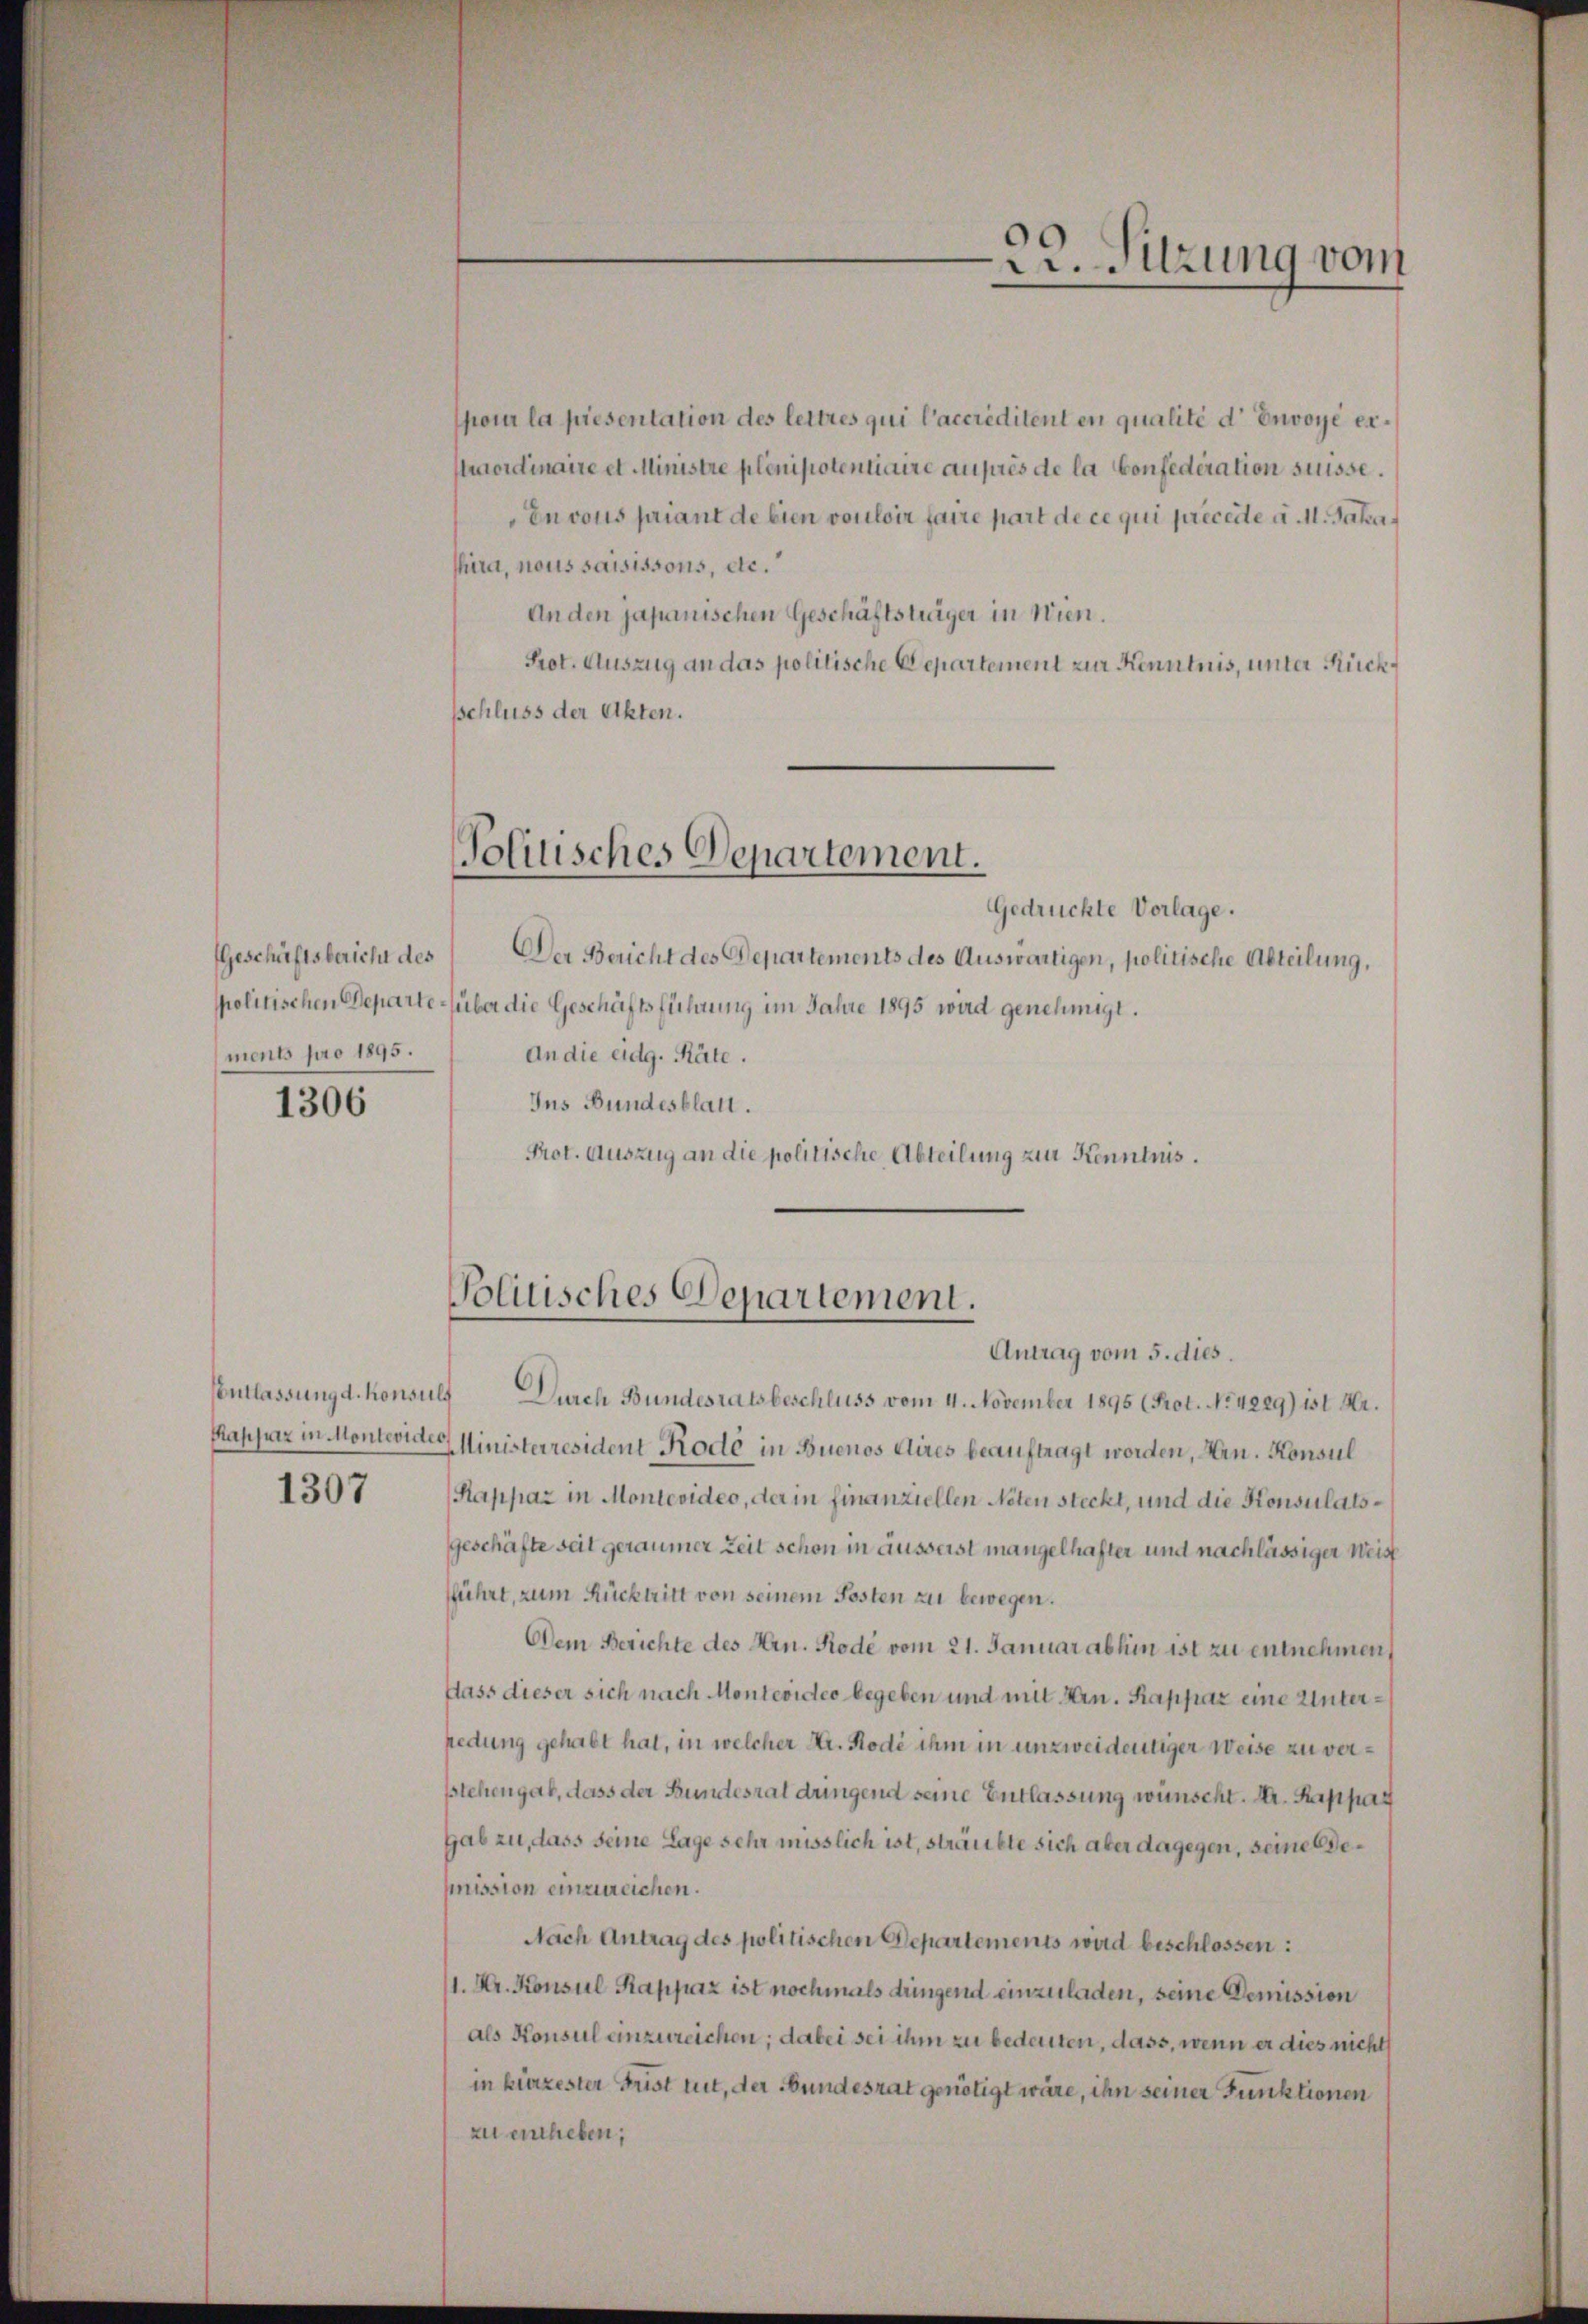
Geschäftsbericht des
ments pro 1895.

1306

Entlassung d. Konsuls

1307

poi la presentation des lettres qui l’accreditent en qualité d’ Envoyé er¬
Anordinaire et Ministre plenipotentiaire auques de la Confederation suisse.
Envous priant de bien vouloir faire part de ce qui precede a. 1. Jakashira, nous saisissons, etc.
An den japanischen Geschäftsträger in Nien.
Prot. Auszug an das politische Departement zur Kenntnis, unter Rückschluss der Akten.

Politisches Departement.

Politisches Departement.
Antrag vom 5. dies.

22. Sitzung vom

Gedrückte Vorlage.
Der Bericht des Departements des Auswärtigen, politische Abteilung,
spolitischen Departe über die Geschäftsführung im Jahre 1895 wird genehmigt.
An die eidg. Räte.
Ins Bundesblatt.
Prot. Auszug an die politische Abteilung zur Kenntnis.

Durch Bundesratsbeschluss vom 4. November 1895 (Prot. No. 4229) ist Hr.
Kappaz in Monterie Ministerresident Rode in Buenos Aires beauftragt worden, Hrn. Konsul
(Kappaz in Montevides, der in finanziellen Noten steckt, und die Konsulatsgeschäfte seit geraumer Zeit schon in ausserst mangelhafter und nachlässiger Weist
fführt, zum Rücktritt von seinem Posten zu bewegen.
Dem Berichte des Hrn. Rode vom 21. Januar abhin ist zu entnehmen,
flass dieser sich nach Montevideo begeben und mit Hrn. Rappaz eine Unterpedung gehabt hat, in welcher Hr. Rode ihm in unzweidentiger Weise zu verstehengab, dass der Bundesrat drungend seine Entlassung wünscht. Hr. Rappar
Hab zu, dass seine Lage sehr misslich ist, sträubte sich aber dagegen, seine Bemission einzureichen.
Nach Antrag des politischen Departements wird beschlossen:
1. Kr. Konsul Kappaz ist nochmals dringend einzuladen, seine Demission
als Konsul einzureichen; dabei sei ihm zu bedeuten, dass, wenn er dies nicht
in kürzester Frist mit, der Bundesrat genötigt wäre, ihn seiner Funktionen
zu einheben;